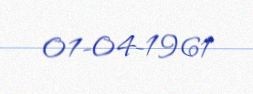
01-04-1961